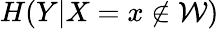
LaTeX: H(Y|X=x\notin\mathcal{W})